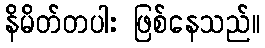
နိမိတ်တပါး ဖြစ်နေသည်။